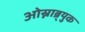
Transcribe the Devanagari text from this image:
ओस्नाब्र्युक